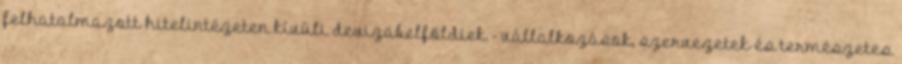
felhatalmazott hitelintézeten kívüli devizabelföldiek - vállalkozások, szervezetek és természetes